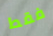
فقط